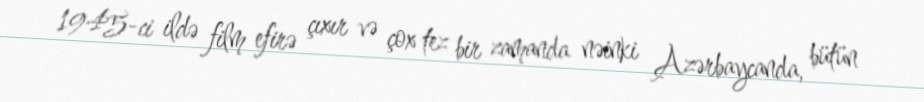
1945-ci ildə film efirə çıxır və çox tez bir zamanda nəinki Azərbaycanda, bütün